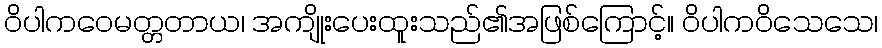
ဝိပါကဝေမတ္တတာယ၊ အကျိုးပေးထူးသည်၏အဖြစ်ကြောင့်။ ဝိပါကဝိသေသေ၊